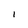
Character: i